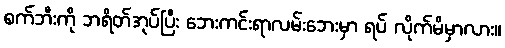
စက်ဘီးကို ဘရိတ်အုပ်ပြီး ဘေးကင်းရာလမ်းဘေးမှာ ရပ် လိုက်မိမှာလား။